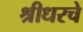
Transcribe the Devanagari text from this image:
श्रीधरचे